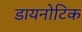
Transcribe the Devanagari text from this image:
डायनोटिक